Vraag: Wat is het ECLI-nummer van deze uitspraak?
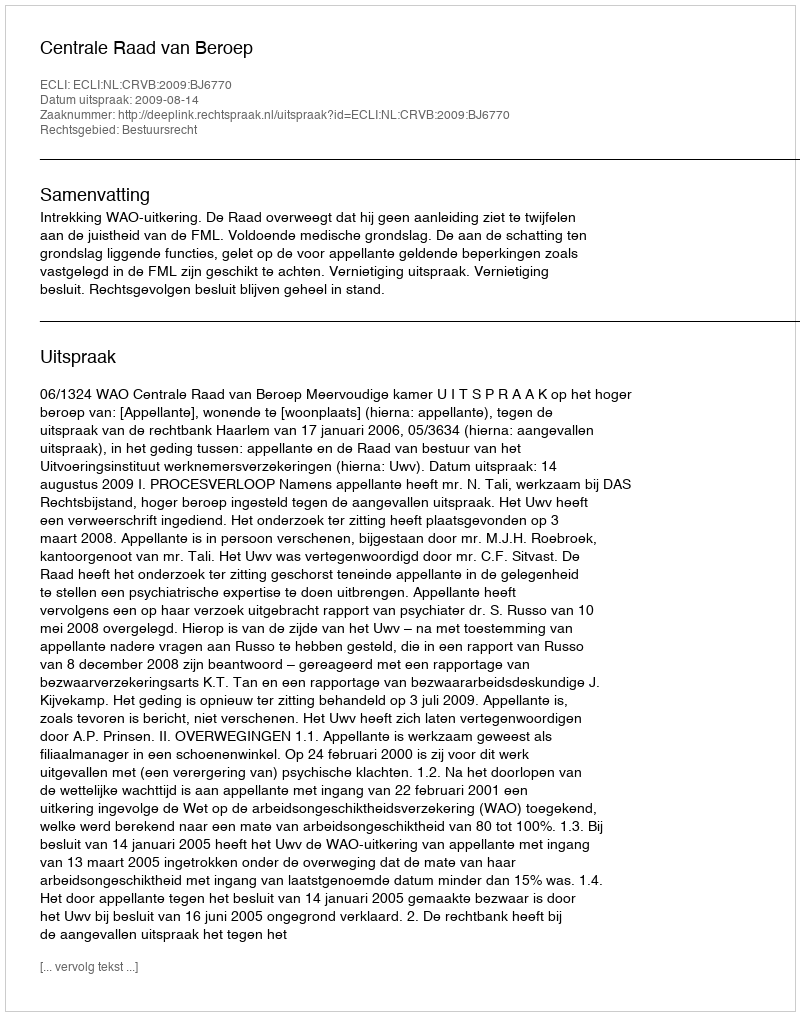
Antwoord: ECLI:NL:CRVB:2009:BJ6770